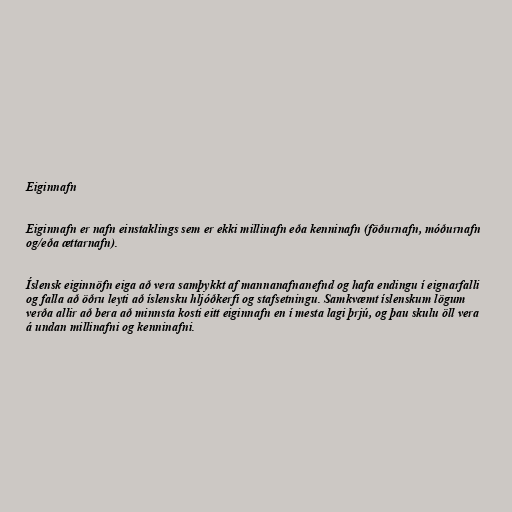
Eiginnafn

Eiginnafn er nafn einstaklings sem er ekki millinafn eða kenninafn (föðurnafn, móðurnafn
og/eða ættarnafn).

Íslensk eiginnöfn eiga að vera samþykkt af mannanafnanefnd og hafa endingu í eignarfalli
og falla að öðru leyti að íslensku hljóðkerfi og stafsetningu. Samkvæmt íslenskum lögum
verða allir að bera að minnsta kosti eitt eiginnafn en í mesta lagi þrjú, og þau skulu öll vera
á undan millinafni og kenninafni.